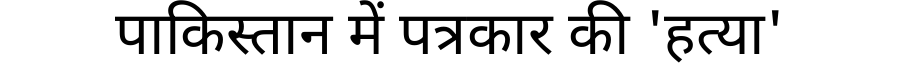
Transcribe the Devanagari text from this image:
पाकिस्तान में पत्रकार की 'हत्या'